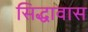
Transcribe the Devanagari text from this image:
सिद्धावास